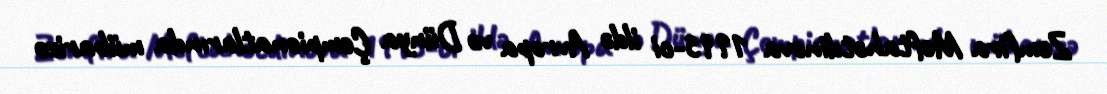
Zemfira Meftahətdinova 1995-ci ildə Avropa və Dünya Çempionatlarında mübarizə